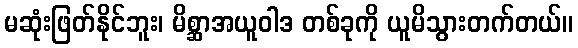
မဆုံးဖြတ်နိုင်ဘူး၊ မိစ္ဆာအယူဝါဒ တစ်ခုကို ယူမိသွားတက်တယ်။